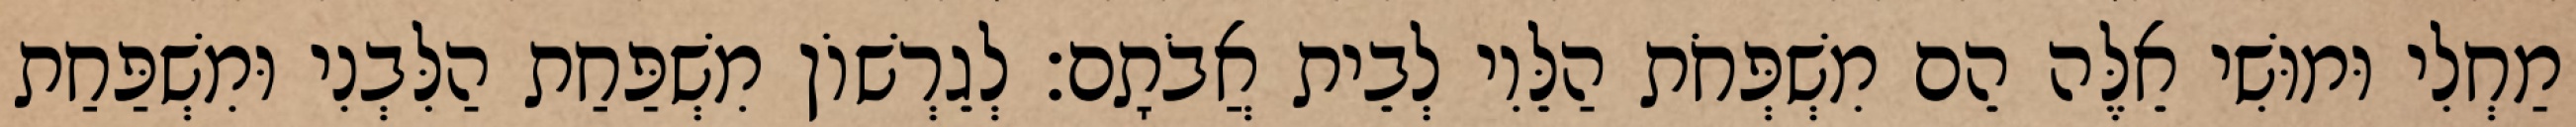
מַחְלִי וּמוּשִׁי אֵלֶּה הֵם מִשְׁפְּחֹת הַלֵּוִי לְבֵית אֲבֹתָם׃ לְגֵרְשׁוֹן מִשְׁפַּחַת הַלִּבְנִי וּמִשְׁפַּחַת